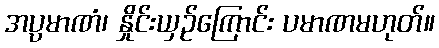
အပ္ပမာဏံ၊ နှိုင်းယှဉ်ကြောင်း ပမာဏမဟုတ်။